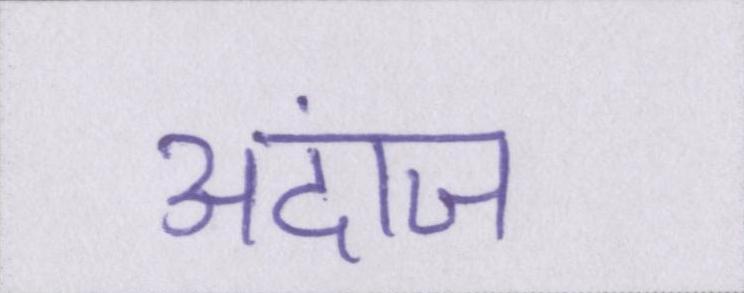
अंदाज